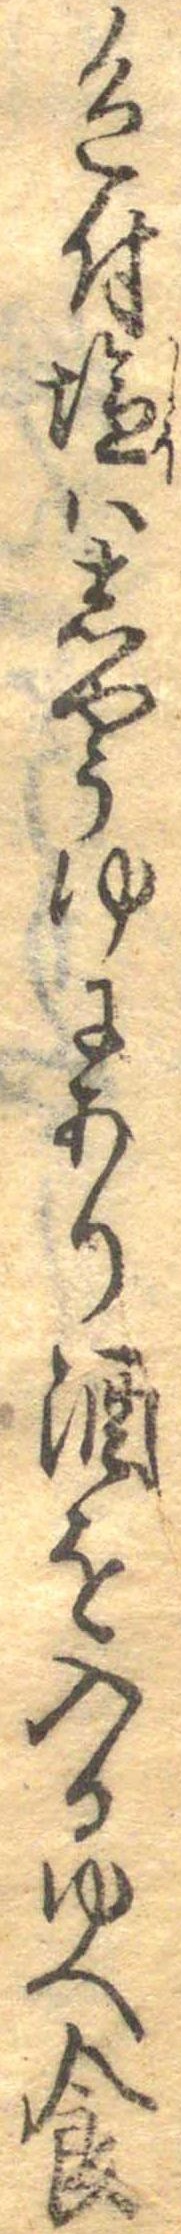
色付塩はしやうゆにあり酒を入るゆへ食